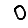
Digit: 0